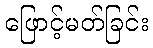
ဖြောင့်မတ်ခြင်း